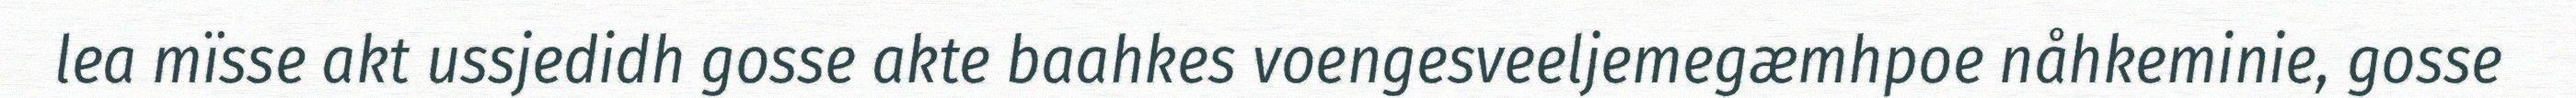
lea mïsse akt ussjedidh gosse akte baahkes voengesveeljemegæmhpoe nåhkeminie, gosse